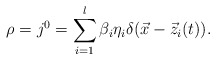
\begin{align*}\rho =j^0=\sum_{i=1}^l\beta _i\eta _i\delta (\vec x-\vec z_i(t)).\end{align*}